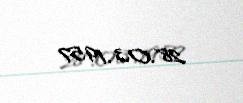
28.03.1957